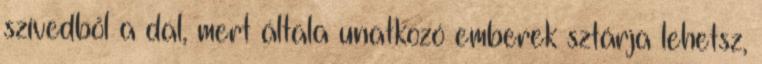
szívedből a dal, mert általa unatkozó emberek sztárja lehetsz,